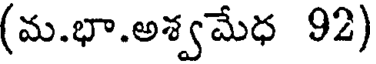
(మ.భా.అశ్వమేధ 92)